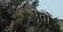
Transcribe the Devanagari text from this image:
पूतों